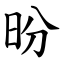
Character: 昐